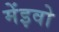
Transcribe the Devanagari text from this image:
मेंइवो